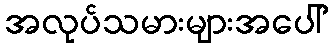
အလုပ်သမားများအပေါ်